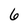
Character: 6